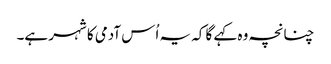
چنانچہ وہ کہے گا کہ یہ اُس آدمی کا شہر ہے۔